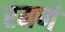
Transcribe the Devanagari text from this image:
रमणे